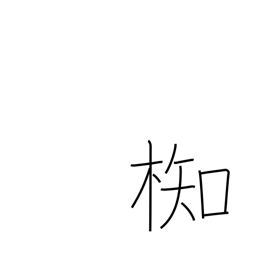
Meaning: type of evergreen tree